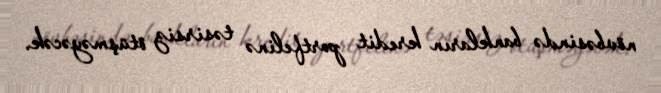
növbəsində bankların kredit portfelinə təsirsiz ötüşməyəcək.